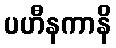
ပဟီနကာနိ